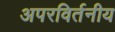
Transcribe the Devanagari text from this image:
अपरविर्तनीय